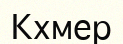
Кхмер